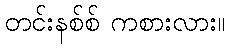
တင်းနစ်စ် ကစားလား။